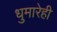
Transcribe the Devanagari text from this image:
धुमारेही